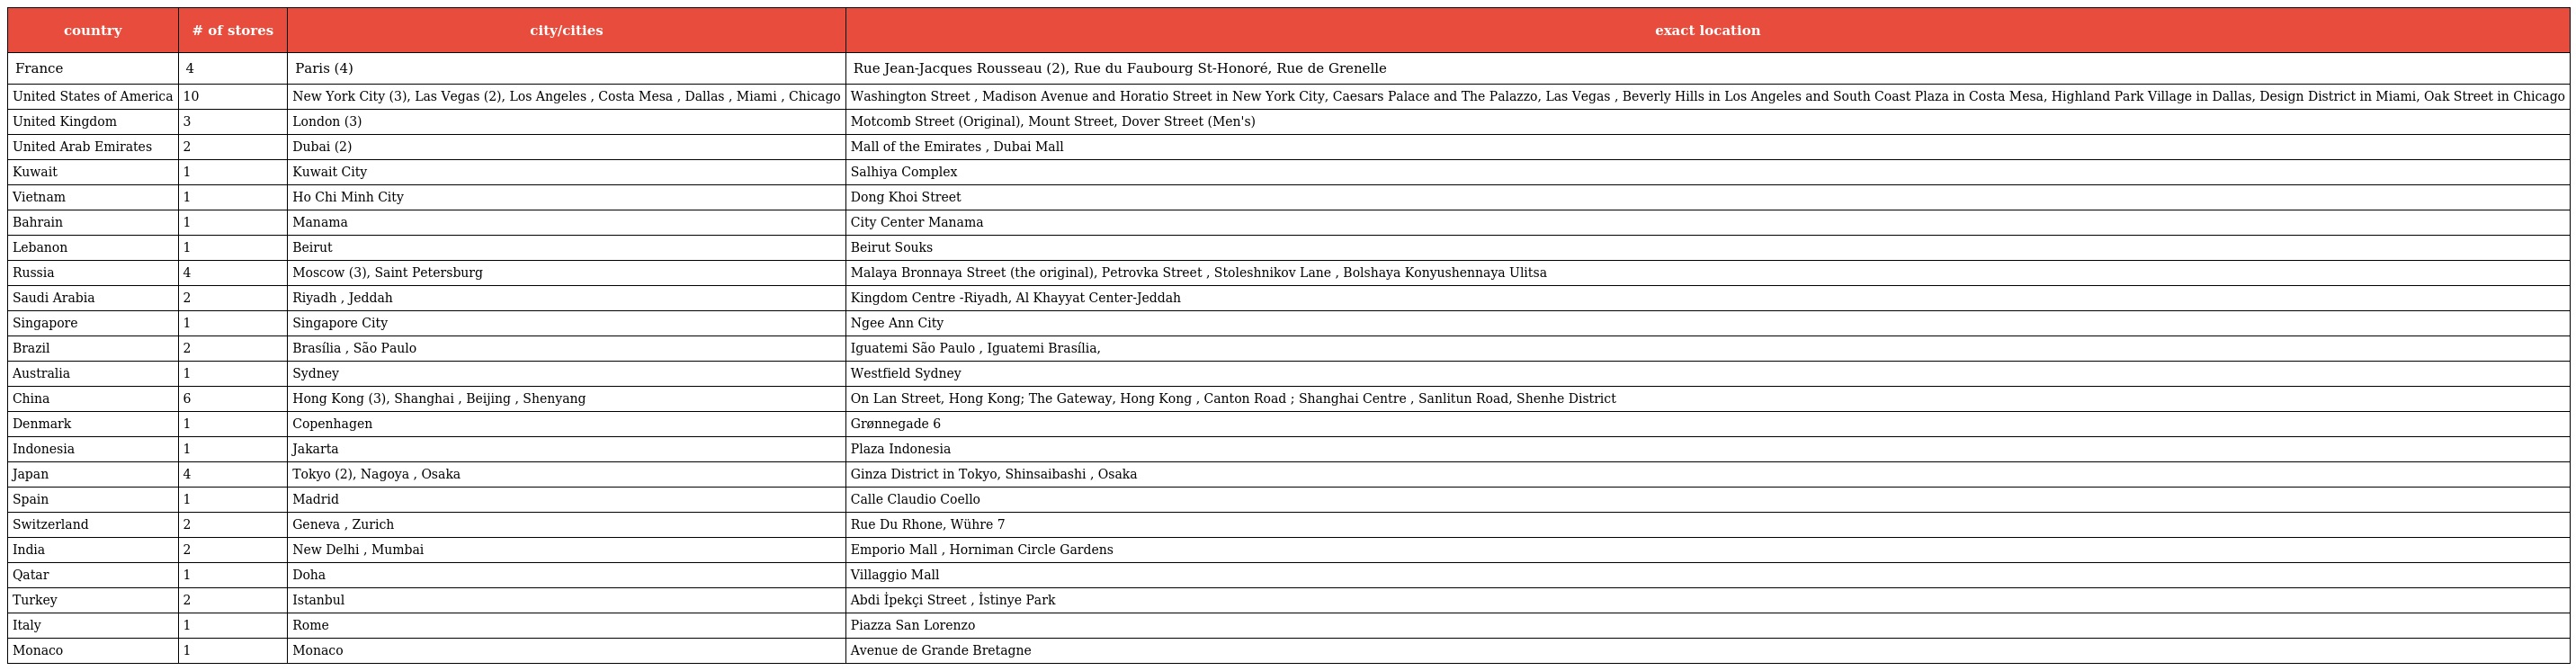
| country | # of stores | city/cities | exact location |
 | --- | --- | --- | --- |
 | France | 4 | Paris (4) | Rue Jean-Jacques Rousseau (2), Rue du Faubourg St-Honoré, Rue de Grenelle |
 | United States of America | 10 | New York City (3), Las Vegas (2), Los Angeles , Costa Mesa , Dallas , Miami , Chicago | Washington Street , Madison Avenue and Horatio Street in New York City, Caesars Palace and The Palazzo, Las Vegas , Beverly Hills in Los Angeles and South Coast Plaza in Costa Mesa, Highland Park Village in Dallas, Design District in Miami, Oak Street in Chicago |
 | United Kingdom | 3 | London (3) | Motcomb Street (Original), Mount Street, Dover Street (Men's) |
 | United Arab Emirates | 2 | Dubai (2) | Mall of the Emirates , Dubai Mall |
 | Kuwait | 1 | Kuwait City | Salhiya Complex |
 | Vietnam | 1 | Ho Chi Minh City | Dong Khoi Street |
 | Bahrain | 1 | Manama | City Center Manama |
 | Lebanon | 1 | Beirut | Beirut Souks |
 | Russia | 4 | Moscow (3), Saint Petersburg | Malaya Bronnaya Street (the original), Petrovka Street , Stoleshnikov Lane , Bolshaya Konyushennaya Ulitsa |
 | Saudi Arabia | 2 | Riyadh , Jeddah | Kingdom Centre -Riyadh, Al Khayyat Center-Jeddah |
 | Singapore | 1 | Singapore City | Ngee Ann City |
 | Brazil | 2 | Brasília , São Paulo | Iguatemi São Paulo , Iguatemi Brasília, |
 | Australia | 1 | Sydney | Westfield Sydney |
 | China | 6 | Hong Kong (3), Shanghai , Beijing , Shenyang | On Lan Street, Hong Kong; The Gateway, Hong Kong , Canton Road ; Shanghai Centre , Sanlitun Road, Shenhe District |
 | Denmark | 1 | Copenhagen | Grønnegade 6 |
 | Indonesia | 1 | Jakarta | Plaza Indonesia |
 | Japan | 4 | Tokyo (2), Nagoya , Osaka | Ginza District in Tokyo, Shinsaibashi , Osaka |
 | Spain | 1 | Madrid | Calle Claudio Coello |
 | Switzerland | 2 | Geneva , Zurich | Rue Du Rhone, Wühre 7 |
 | India | 2 | New Delhi , Mumbai | Emporio Mall , Horniman Circle Gardens |
 | Qatar | 1 | Doha | Villaggio Mall |
 | Turkey | 2 | Istanbul | Abdi İpekçi Street , İstinye Park |
 | Italy | 1 | Rome | Piazza San Lorenzo |
 | Monaco | 1 | Monaco | Avenue de Grande Bretagne |